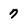
Character: 7